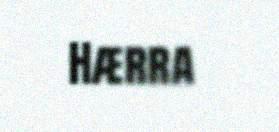
Hærra